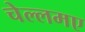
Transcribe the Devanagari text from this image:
चेल्लमए